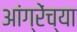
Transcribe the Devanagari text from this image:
आंग्रेंच्या